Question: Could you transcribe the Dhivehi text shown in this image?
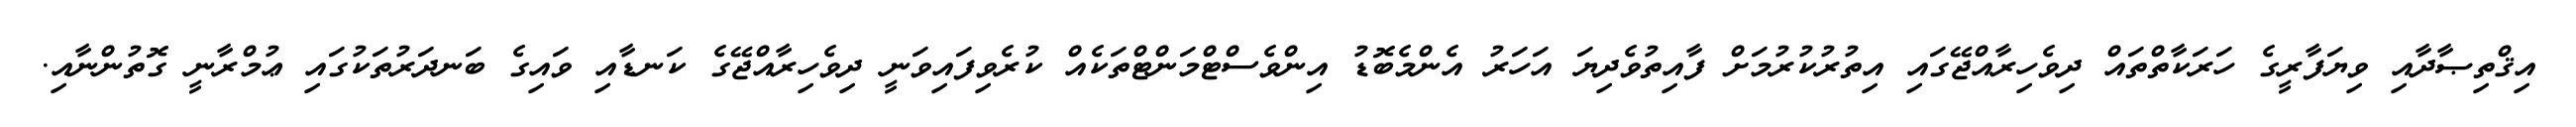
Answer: އިޤްތިޞާދާއި ވިޔަފާރީގެ ހަރަކާތްތައް ދިވެހިރާއްޖޭގައި އިތުރުކުރުމަށް ފާއިތުވެދިޔަ އަހަރު އެންމެބޮޑު އިންވެސްޓްމަންޓްތަކެއް ކުރެވިފައިވަނީ ދިވެހިރާއްޖޭގެ ކަނޑާއި ވައިގެ ބަނދަރުތަކުގައި ޢުމްރާނީ ގޮތުންނާއި.